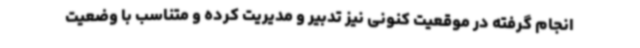
انجام گرفته در موقعیت کنونی نیز تدبیر و مدیریت کرده و متناسب با وضعیت